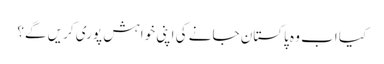
کیا اب وہ پاکستان جانے کی اپنی خواہش پوری کریں گے؟